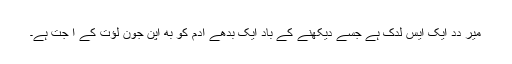
میرِ دِدِ ایک ایسِ لدکِ ہے جِسے دیکھنے کے باد ایک بُدھے اَدمِ کو بھِ اَپنِ جونِ لؤت کے اَ جتِ ہے۔